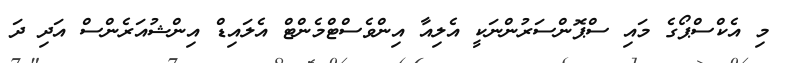
މި އެކްސްޕޯގެ މައި ސްޕޮންސަރުންނަކީ އެލިއާ އިންވެސްޓްމެންޓް އެލައިޑް އިންޝުއަރެންސް އަދި ދަ